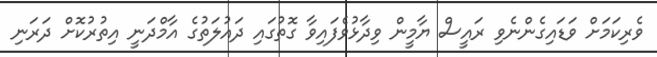
ވެރިކަމަށް ވަޑައިގެންނެވި ރައީސް ޔާމީން ވިދާޅުވެފައިވާ ގޮތުގައި ދައުލަތުގެ އާމްދަނީ އިތުރުކޮށް ދަރަނި